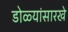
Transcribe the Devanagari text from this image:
डोळ्यांसारखे